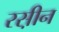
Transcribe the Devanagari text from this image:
रस़ीन